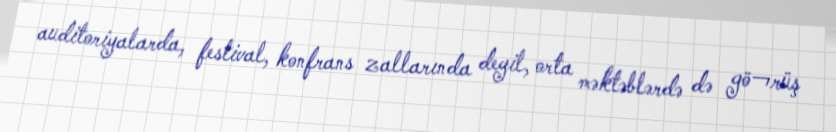
auditoriyalarda, festival, konfrans zallarında deyil, orta məktəblərdə də gö¬rüş